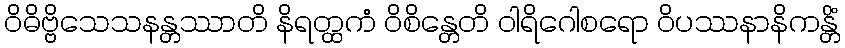
ဝိဓိဗ္ဗိသေသနန္တဿာတိ နိရတ္ထကံ ဝိစိန္တေတိ ဝါရိဂေါစရော ဝိပဿနာနိကန္တိံ